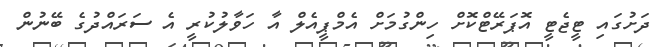
ދަށުގައި ޓީޖެޓީ އޮޕަރޭޓްކޮށް ހިންގުމަށް އެމްޕީއެލް އާ ހަވާލުކުރީ އެ ސަރައްދުގެ ބޭނުން